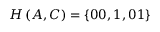
H \left( A , C \right) = \left\{ 0 0 , 1 , 0 1 \right\}